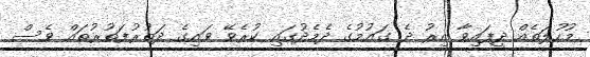
މުހުލަތެއް ދީފައިވާ އިރު ދެ ގައުމުގެ ދެމެދުގައި ކުރެވޭ ވައިގެ ދަތުރުފަތުރުތައް ވެސް